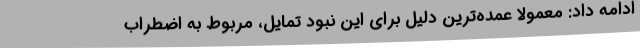
ادامه داد: معمولا عمده‌ترین دلیل برای این نبود تمایل، مربوط به اضطراب